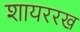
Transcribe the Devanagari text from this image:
शायररख